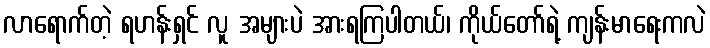
လာရောက်တဲ့ ရဟန်းရှင် လူ အများပဲ အားရကြပါတယ်၊ ကိုယ်တော်ရဲ့ ကျန်းမာရေးကလဲ